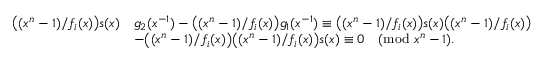
\begin{array} { r l } { \big ( ( x ^ { n } - 1 ) / f _ { i } ( x ) \big ) s ( x ) } & { g _ { 2 } ( x ^ { - 1 } ) - \big ( ( x ^ { n } - 1 ) / f _ { i } ( x ) \big ) g _ { 1 } ( x ^ { - 1 } ) \equiv \big ( ( x ^ { n } - 1 ) / f _ { i } ( x ) \big ) s ( x ) \big ( ( x ^ { n } - 1 ) / f _ { i } ( x ) \big ) } \\ & { - \big ( ( x ^ { n } - 1 ) / f _ { i } ( x ) \big ) \big ( ( x ^ { n } - 1 ) / f _ { i } ( x ) \big ) s ( x ) \equiv 0 \pmod { x ^ { n } - 1 } . } \end{array}